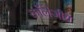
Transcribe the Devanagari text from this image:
कॉलेजीय